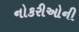
નોકરીઓની